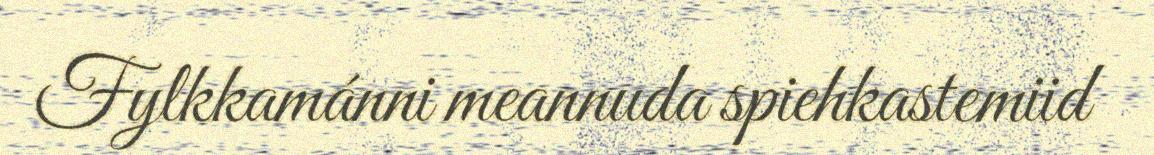
Fylkkamánni meannuda spiehkastemiid